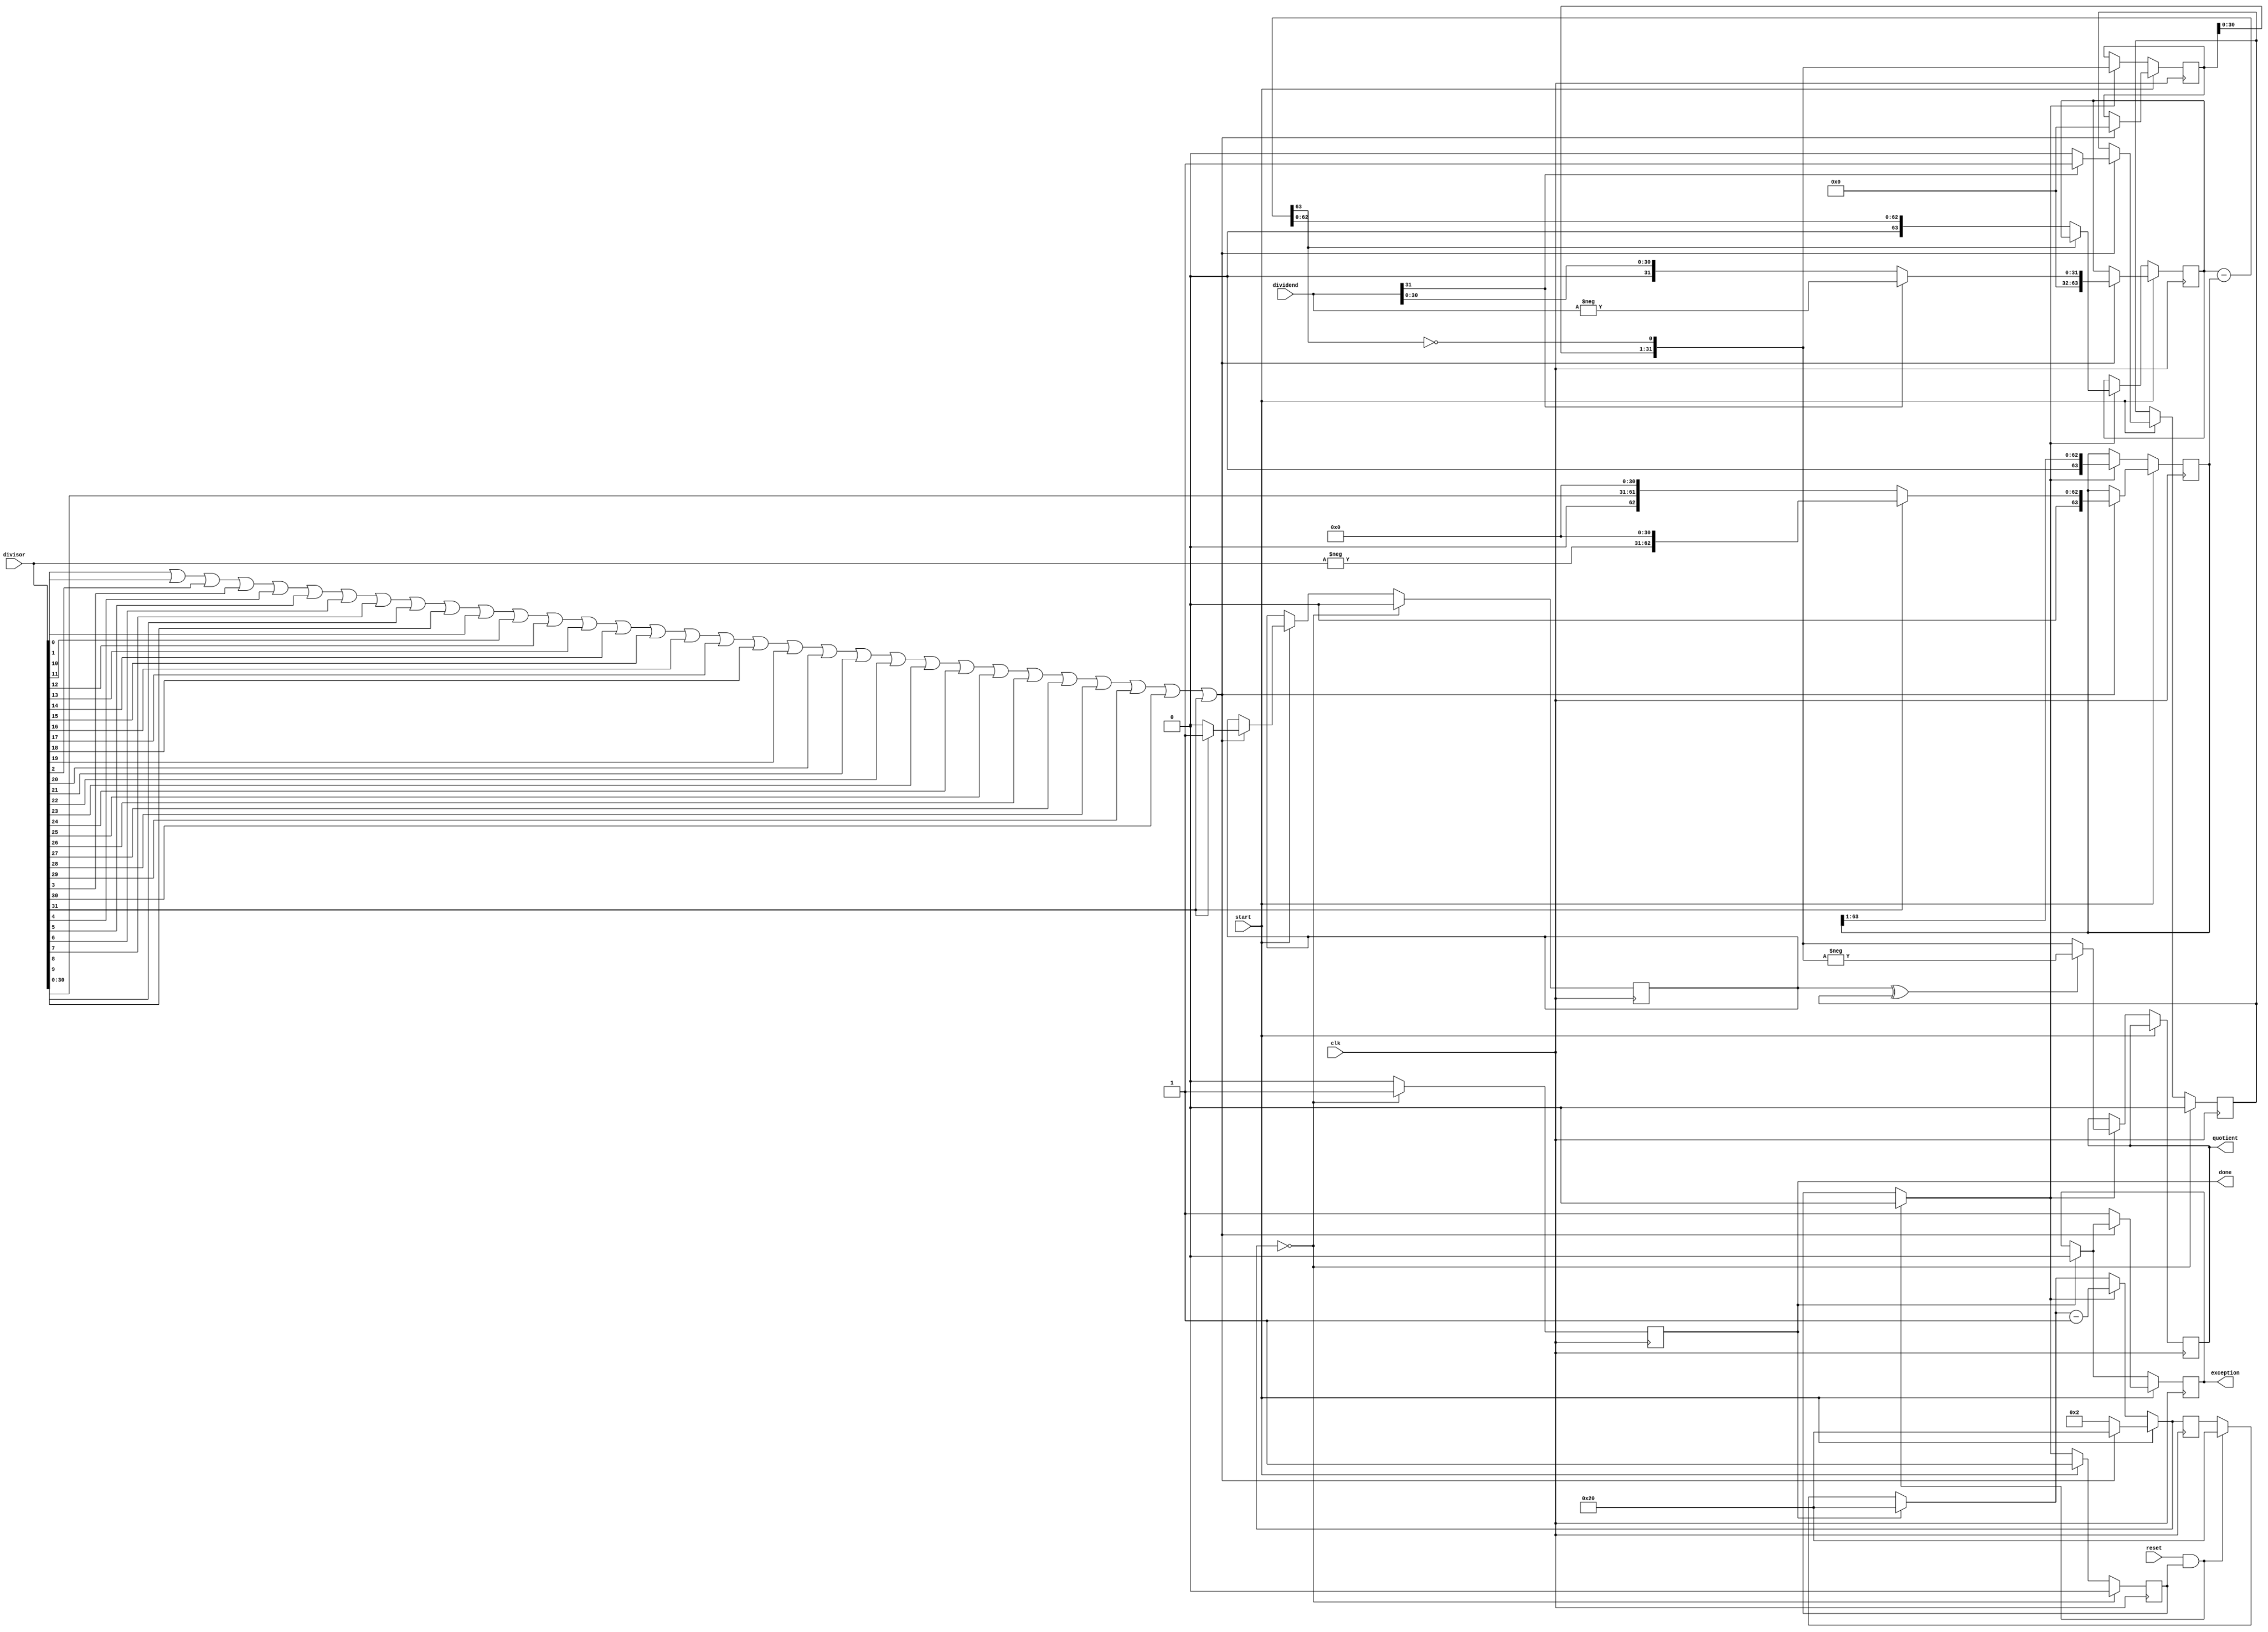
module divider (dividend, divisor, start, reset, clk, quotient, exception, done);
	input [31:0] dividend, divisor;
	input start, reset, clk;
	
	output [31:0] quotient;
	output exception, done;
	
	reg [31:0] Q, quotient;
   reg [63:0] dividend_copy, divisor_copy, diff;
   wire [31:0] remainder = dividend_copy[31:0];

   reg [5:0] count;
	
	reg busy, done, exception;
	reg dividend_neg, divisor_neg;
	
	wire divisor_zero = ~(divisor[0 ] || divisor[1 ] || divisor[2 ] || divisor[3 ] ||
	                      divisor[4 ] || divisor[5 ] || divisor[6 ] || divisor[7 ] ||
								 divisor[8 ] || divisor[9 ] || divisor[10] || divisor[11] ||
								 divisor[12] || divisor[13] || divisor[14] || divisor[15] ||
								 divisor[16] || divisor[17] || divisor[18] || divisor[19] ||
								 divisor[20] || divisor[21] || divisor[22] || divisor[23] ||
								 divisor[24] || divisor[25] || divisor[26] || divisor[27] ||
								 divisor[28] || divisor[29] || divisor[30] || divisor[31]);

   initial begin 
		count = 32;
		busy = 0;
		done = 0;
		exception = 0;
		divisor_neg = 0;
		dividend_neg = 0;
	end

	always @(posedge clk) begin
		if (reset && busy) begin
			busy = 0;
			count = 32;
		end
	
		if (done) begin
			count = 32;
			done = 0;
			exception = 0;
		end
	
		if (start) begin
			if (divisor_zero) begin
				busy = 1;
				count = 2;
				exception = 1;
			end else begin
				busy = 1;
				count = 6'd32;
				Q = 64'b0;
				
				if (dividend[31]) begin
					dividend_copy = {32'b0, -dividend};
					dividend_neg = 1;
				end else begin
					dividend_copy = {32'b0, dividend};
					dividend_neg = 0;
				end
				
				if (divisor[31]) begin
					divisor_copy = {1'b0, -divisor, 31'b0};
					divisor_neg = 1;
				end else begin
					divisor_copy = {1'b0, divisor, 31'b0};
					divisor_neg = 0;
				end
			end
     end else if (busy) begin
        diff = dividend_copy - divisor_copy;
        Q = {Q[30:0], ~diff[63] };
		  if (divisor_neg ^ dividend_neg) begin
				quotient = -Q;
			end else begin
				quotient = Q;
			end
        divisor_copy = {1'b0, divisor_copy[63:1] };
        if (!diff[63]) dividend_copy = diff;
        count = count - 1;
     end
	  
	  if (count == 0) begin
			busy = 0;
			divisor_neg = 0;
			dividend_neg = 0;
			done = 1;
		end
	end
	
endmodule